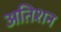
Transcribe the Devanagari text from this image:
अतिशन